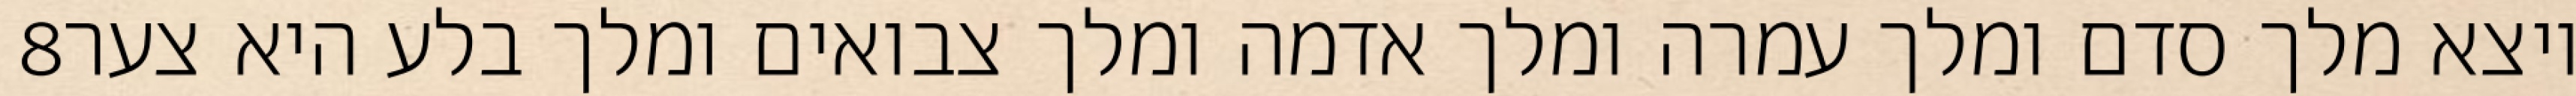
‎8‏ ויצא מלך סדם ומלך עמרה ומלך אדמה ומלך צבואים ומלך בלע היא צער